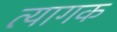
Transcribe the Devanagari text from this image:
त्यागक